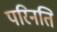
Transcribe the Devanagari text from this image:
परिनति